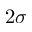
2 \sigma